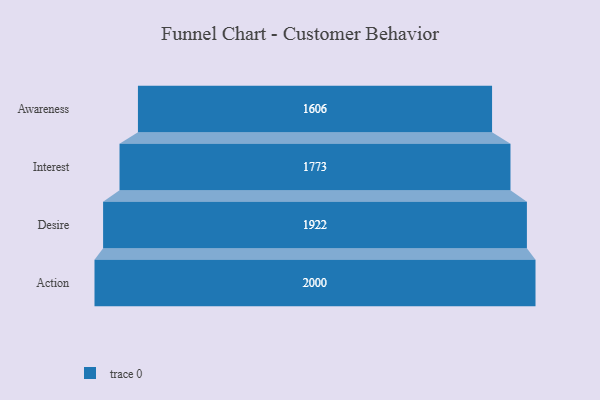
{"axis": {"x": "Stage", "y": "Value"}, "legend": [""], "data": [{"x": "Awareness", "y": 1606.0, "type": ""}, {"x": "Interest", "y": 1773.0, "type": ""}, {"x": "Desire", "y": 1922.0, "type": ""}, {"x": "Action", "y": 2000, "type": ""}]}